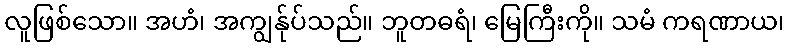
လူဖြစ်သော။ အဟံ၊ အကျွန်ုပ်သည်။ ဘူတဓရံ၊ မြေကြီးကို။ သမံ ကရဏာယ၊